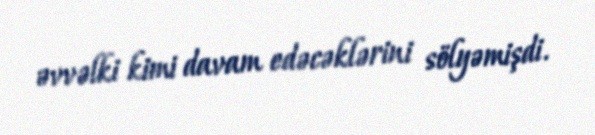
əvvəlki kimi davam edəcəklərini sölyəmişdi.